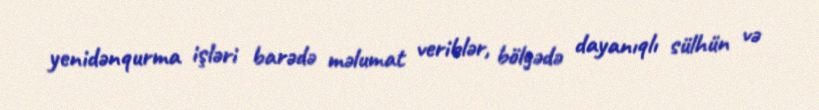
yenidənqurma işləri barədə məlumat veriblər, bölgədə dayanıqlı sülhün və